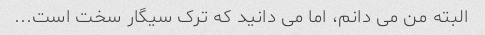
البته من می دانم، اما می دانید که ترک سیگار سخت است...